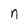
Character: n